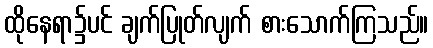
ထိုနေရာ၌ပင် ချက်ပြုတ်လျက် စားသောက်ကြသည်။